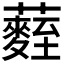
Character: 𮒻